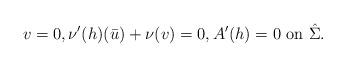
LaTeX: \begin{align*}v= 0, \nu'(h) (\bar u) + \nu(v)=0, A'(h)=0 \mbox{ on }\hat \Sigma.\end{align*}